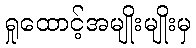
ရှုထောင့်အမျိုးမျိုးမှ